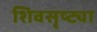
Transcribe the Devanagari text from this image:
शिवसृष्ट्या